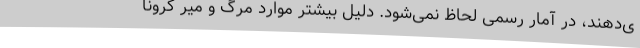
ی‌دهند، در آمار رسمی لحاظ نمی‌شود. دلیل بیشتر موارد مرگ و میر کرونا